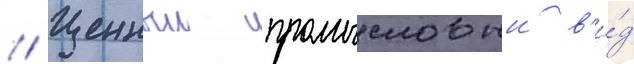
// Ценныи промысловыи в'и́д